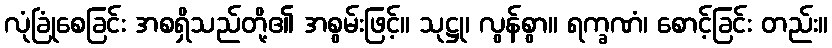
လုံခြုံစေခြင်း အစရှိသည်တို့၏ အစွမ်းဖြင့်။ သုဋ္ဌု၊ လွန်စွာ။ ရက္ခဏံ၊ စောင့်ခြင်း တည်း။